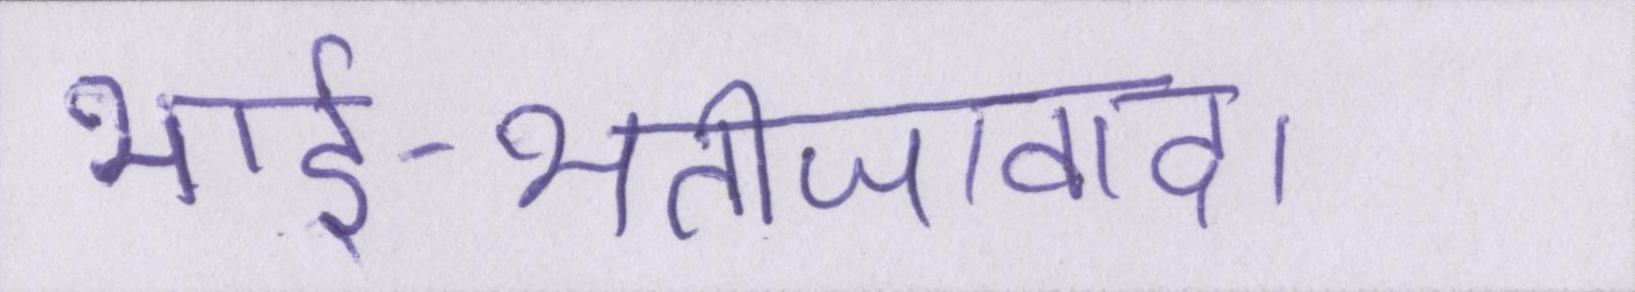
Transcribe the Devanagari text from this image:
भार्इ-भतीजावाद।